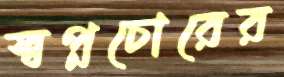
স্বপ্নচোরের